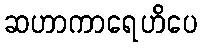
ဆဟာကာရေဟိပေ